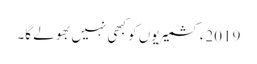
2019ءکشمیریوں کو کبھی نہیں بھولے گا۔